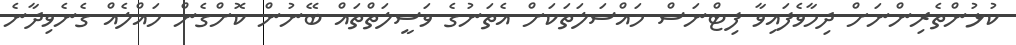
ކުޅުންތެރިންނަށް ދިމާވެފައިވާ ފިޓްނަސް މައްސަލަތަކަށް އެތަނުގެ ވަސީލަތްތައް ބޭނުން ކޮށްގެން ހައްލެއް ގެނެވިދާނެ